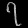
Digit: ၇